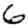
Digit: 6